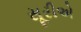
સૂરીએ